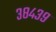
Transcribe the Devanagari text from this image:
३८४३९